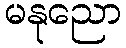
မနုညော